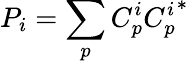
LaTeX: P_{i}=\sum_{p}C_{p}^{i}{C_{p}^{i}}^{*}